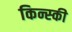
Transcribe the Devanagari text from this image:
किन्स्की